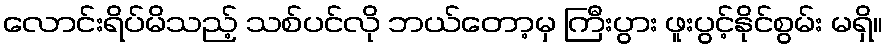
လောင်းရိပ်မိသည့် သစ်ပင်လို ဘယ်တော့မှ ကြီးပွား ဖူးပွင့်နိုင်စွမ်း မရှိ။